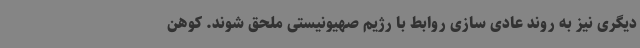
دیگری نیز به روند عادی سازی روابط با رژیم صهیونیستی ملحق شوند. کوهن